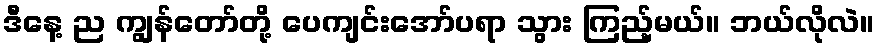
ဒီနေ့ ည ကျွန်တော်တို့ ပေကျင်းအော်ပရာ သွား ကြည့်မယ်။ ဘယ်လိုလဲ။